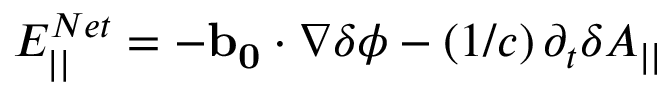
E _ { | | } ^ { N e t } = - \mathbf { b _ { 0 } } \cdot \nabla \delta \phi - \left( 1 / c \right) \partial _ { t } \delta A _ { | | }